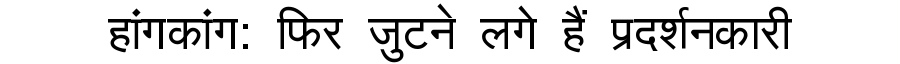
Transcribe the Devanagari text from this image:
हांगकांग: फिर जुटने लगे हैं प्रदर्शनकारी